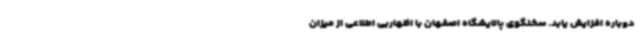
دوباره افزایش یابد. سخنگوی پالایشگاه اصفهان با اظهاربی اطلاعی از میزان